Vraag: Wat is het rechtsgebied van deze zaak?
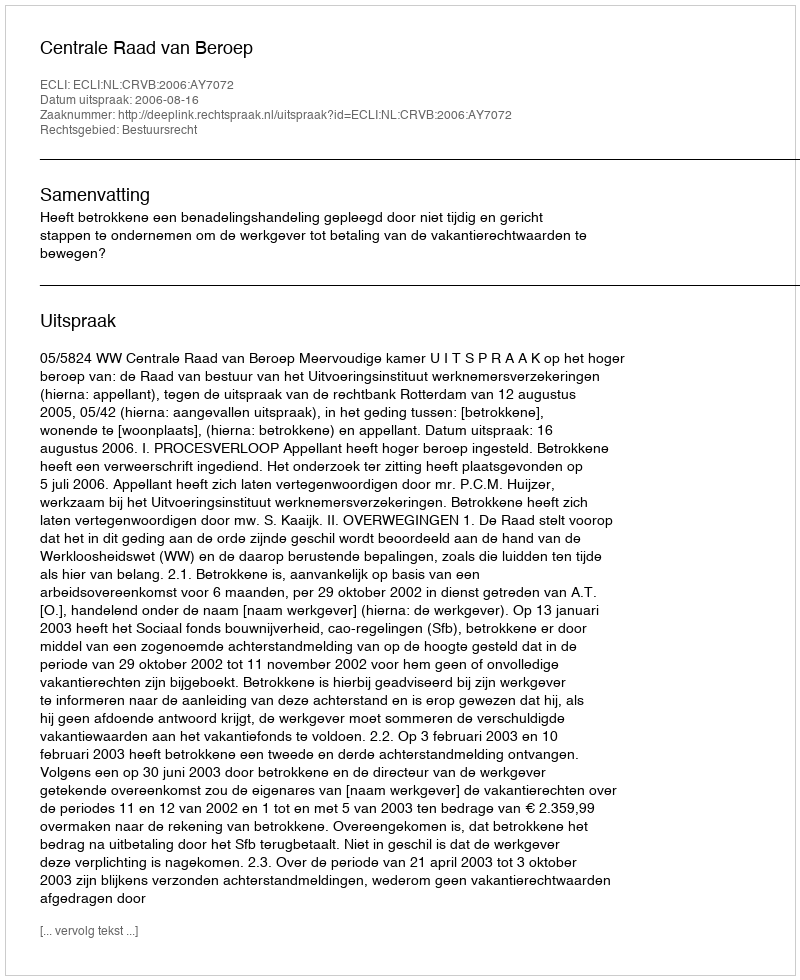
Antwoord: Bestuursrecht